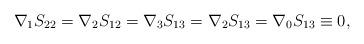
LaTeX: \begin{align*}\nabla_{1}S_{22}=\nabla_{2}S_{12}=\nabla_{3}S_{13}=\nabla_{2}S_{13}=\nabla_{0}S_{13}\equiv 0,\end{align*}